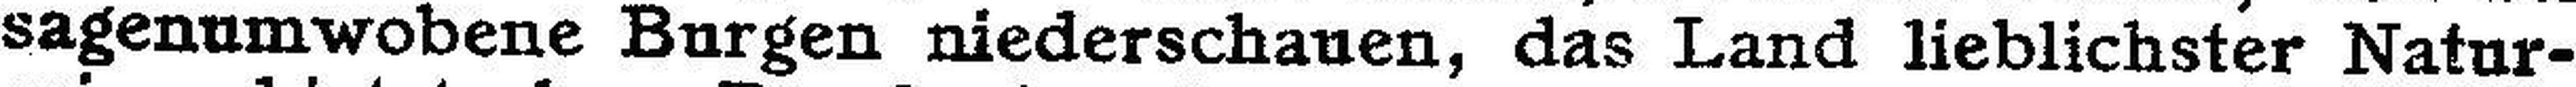
sagenumwobene Burgen niederschauen, das Land lieblichster Natur¬